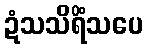
ဍံသသိရိံသပေ